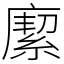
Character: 緳